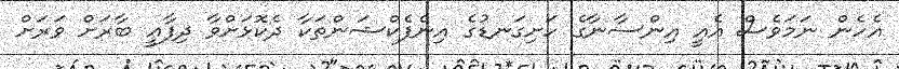
އެހެން ނަމަވެސް އެއީ އިންސާނާގެ ހަށިގަނޑުގެ އިންފެކްޝަންތަކާ ދެކޮޅަށްވާ ދިފާޢީ ބާރަށް ވަރަށް